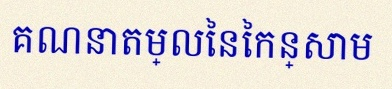
គណនាតម្លៃនៃកន្សោម